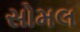
સોમલ